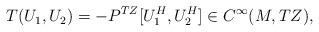
LaTeX: \begin{align*}\begin{aligned}T(U_{1}, U_{2})=-P^{TZ}[U^{H}_{1}, U^{H}_{2}]\in C^{\infty}(M, TZ),\end{aligned}\end{align*}